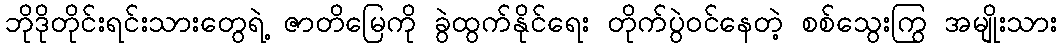
ဘိုဒိုတိုင်းရင်းသားတွေရဲ့ ဇာတိမြေကို ခွဲထွက်နိုင်ရေး တိုက်ပွဲဝင်နေတဲ့ စစ်သွေးကြွ အမျိုးသား